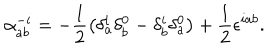
\alpha _ { a b } ^ { - i } = - \frac { 1 } { 2 } \left( \delta _ { a } ^ { i } \delta _ { b } ^ { 0 } - \delta _ { b } ^ { i } \delta _ { a } ^ { 0 } \right) + \frac { 1 } { 2 } \epsilon ^ { i a b } .